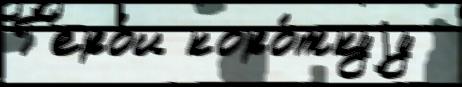
Г'еро́и коро́ткуjу